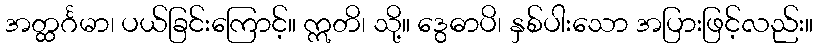
အတ္ထင်္ဂမာ၊ ပယ်ခြင်းကြောင့်။ ဣတိ၊ သို့။ ဒွေဓာပိ၊ နှစ်ပါးသော အပြားဖြင့်လည်း။